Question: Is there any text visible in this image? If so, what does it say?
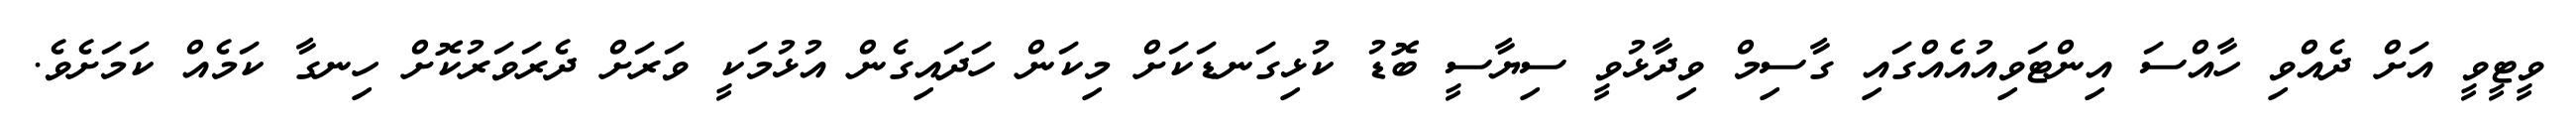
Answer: ވީޓީވީ އަށް ދެއްވި ހާއްސަ އިންޓަވިއުއެއްގައި ގާސިމް ވިދާޅުވީ ސިޔާސީ ބޮޑު ކުޅިގަނޑަކަށް މިކަން ހަދައިގެން އުޅުމަކީ ވަރަށް ދެރަވަރުކޮށް ހިނގާ ކަމެއް ކަމަށެވެ.